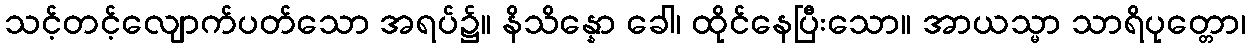
သင့်တင့်လျောက်ပတ်သော အရပ်၌။ နိသိန္နော ခေါ၊ ထိုင်နေပြီးသော။ အာယသ္မာ သာရိပုတ္တော၊